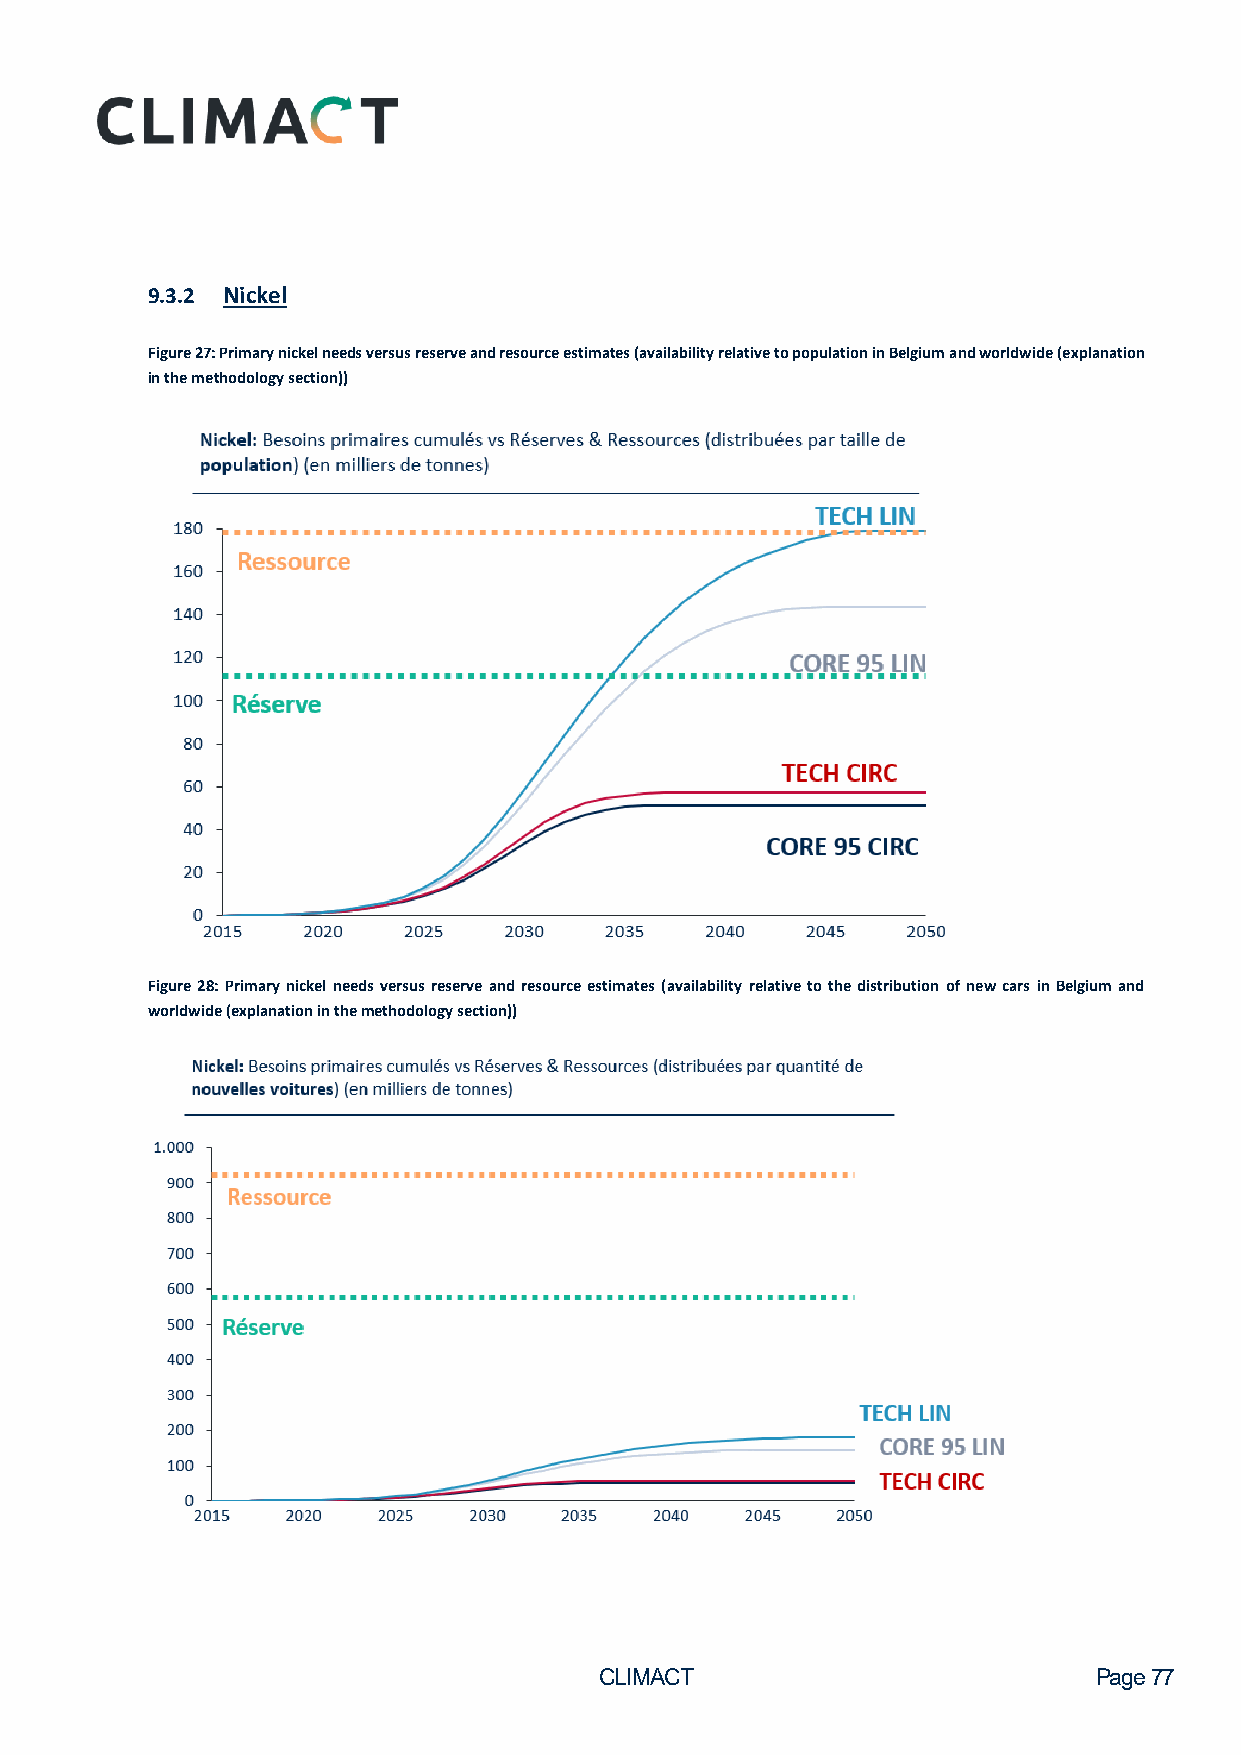
9.3.2 Nickel
 Figure 27: Primary nickel needs versus reserve and resource estimates (availability relative to population in Belgium and worldwide (explanation
 in the methodology section))
 Figure 28: Primary nickel needs versus reserve and resource estimates (availability relative to the distribution of new cars in Belgium and
 worldwide (explanation in the methodology section))
 CLIMACT                         Page 77